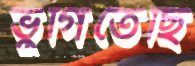
ভুগিতেছি